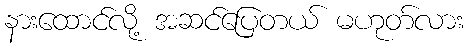
နားထောင်လို့ အဆင်ပြေတယ် မဟုတ်လား